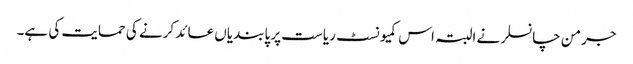
جرمن چانسلر نے البتہ اس کمیونسٹ ریاست پر پابندیاں عائد کرنے کی حمایت کی ہے۔